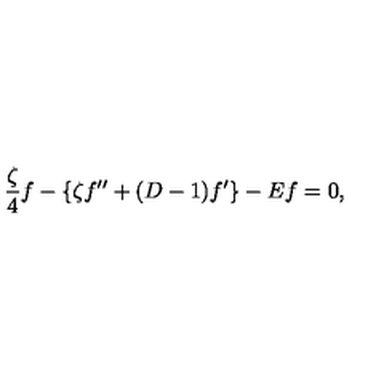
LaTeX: \frac { \zeta } { 4 } f - \{ \zeta f ^ { \prime \prime } + ( D - 1 ) f ^ { \prime } \} - E f = 0 ,